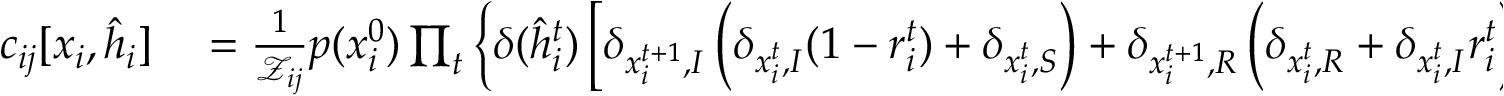
\begin{array} { r l } { c _ { i j } [ \boldsymbol { x } _ { i } , \hat { \boldsymbol { h } } _ { i } ] } & { { } = \frac { 1 } { \mathcal { Z } _ { i j } } p ( x _ { i } ^ { 0 } ) \prod _ { t } \left\{ \delta ( \hat { h } _ { i } ^ { t } ) \left[ \delta _ { x _ { i } ^ { t + 1 } , I } \left( \delta _ { x _ { i } ^ { t } , I } ( 1 - r _ { i } ^ { t } ) + \delta _ { x _ { i } ^ { t } , S } \right) + \delta _ { x _ { i } ^ { t + 1 } , R } \left( \delta _ { x _ { i } ^ { t } , R } + \delta _ { x _ { i } ^ { t } , I } r _ { i } ^ { t } \right) \right] + \right. } \end{array}